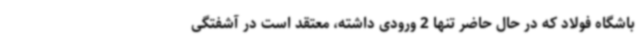
باشگاه فولاد که در حال حاضر تنها 2 ورودی داشته، معتقد است در آشفتگی